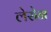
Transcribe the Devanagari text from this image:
लेसेन